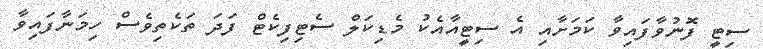
ސިޓީ ފޮނުވާފައިވާ ކަމަށާއި އެ ސިޓީއާއެކު މެޑިކަލް ސެޓިފިކެޓް ފަދަ ތަކެތިވެސް ހިމަނާފައިވާ